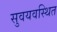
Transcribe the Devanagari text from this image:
सुवयवस्थित